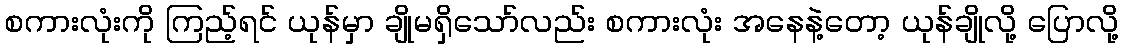
စကားလုံးကို ကြည့်ရင် ယုန်မှာ ချိုမရှိသော်လည်း စကားလုံး အနေနဲ့တော့ ယုန်ချိုလို့ ပြောလို့